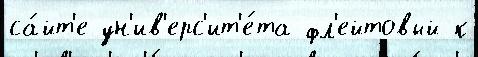
са́йт'е ун'ив'ерс'ит'е́та фл'ейтовый к